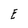
Character: E